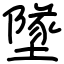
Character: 墜